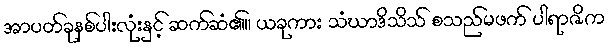
အာပတ်ခုနစ်ပါးလုံးနှင့် ဆက်ဆံ၏။ ယခုကား သံဃာဒိသိသ် စသည်မဖက် ပါရာဇိက